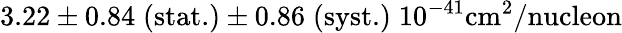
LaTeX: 3.22\pm 0.84\; \textrm{(stat.)}\pm 0.86\; \textrm{(syst.)}\; 10^{-41}\mathrm{cm}^{2}/\textrm{nucleon}